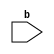
module a (input BISTEA, input BISTEB);
endmodule